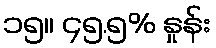
၁၅။ ၄၅.၅% နှုန်း